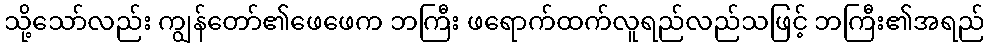
သို့သော်လည်း ကျွန်တော်၏ဖေဖေက ဘကြီး ဖရောက်ထက်လူရည်လည်သဖြင့် ဘကြီး၏အရည်